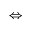
\Leftrightarrow